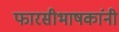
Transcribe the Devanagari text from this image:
फारसीभाषकांनी